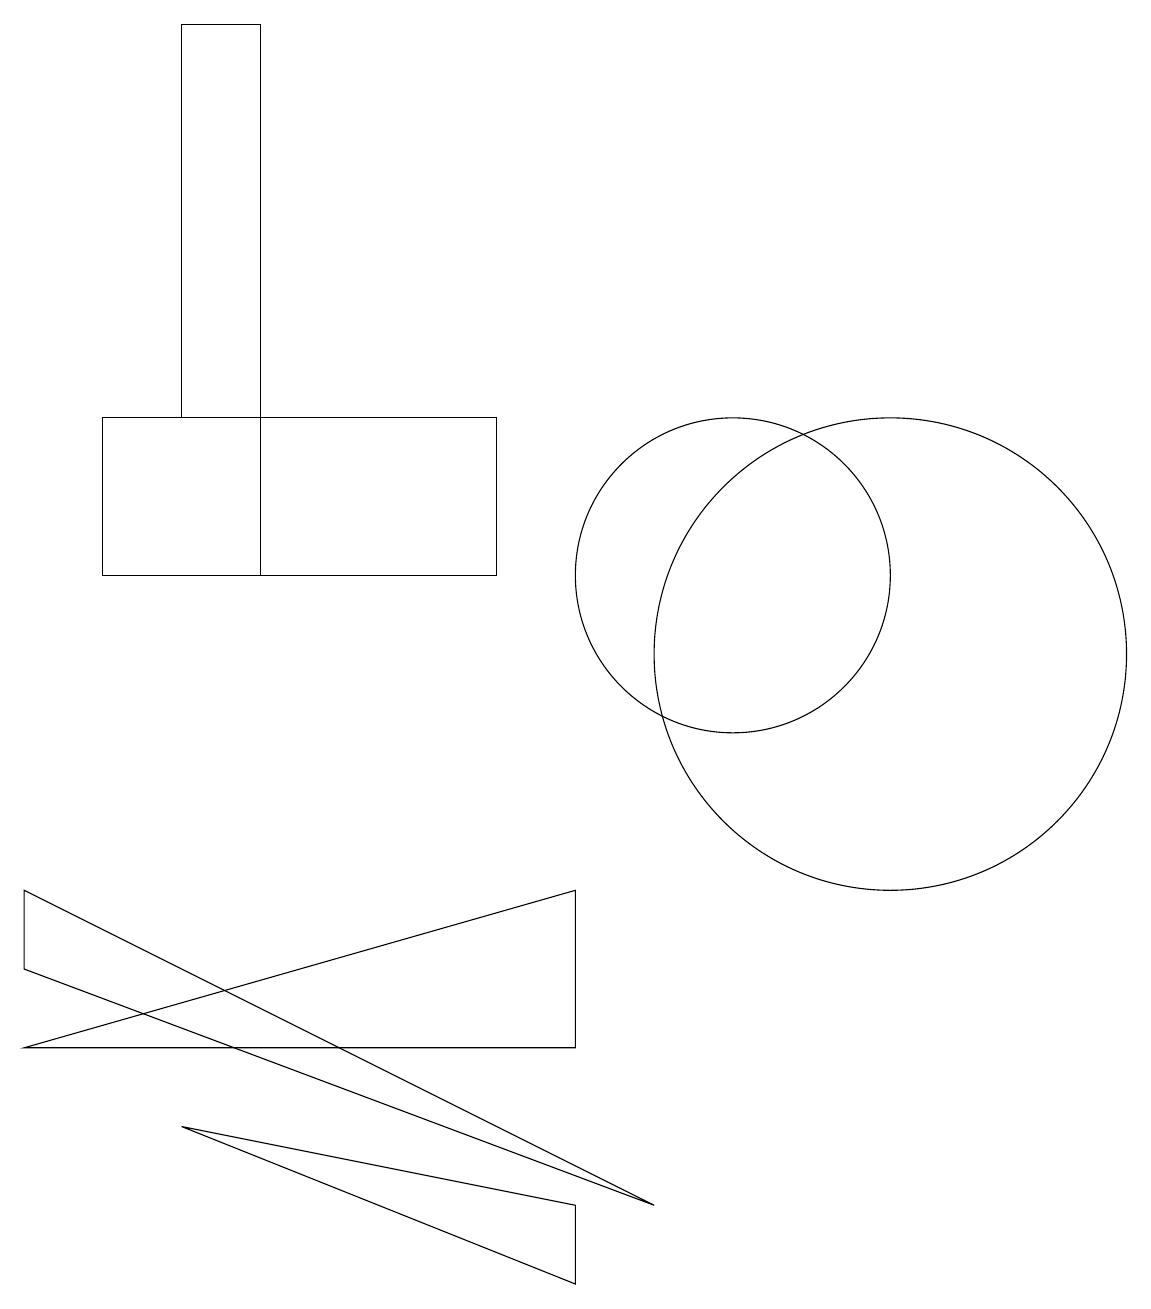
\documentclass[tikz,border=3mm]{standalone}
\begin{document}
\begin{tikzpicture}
\draw (7,11) rectangle (4,13);
\draw (1,6) -- (1,7) -- (9,3) -- cycle;
\draw (3,13) rectangle (4,18);
\draw (12,10) circle (3);
\draw (3,4) -- (8,3) -- (8,2) -- cycle;
\draw (10,11) circle (2);
\draw (2,13) rectangle (4,11);
\draw (1,5) -- (8,5) -- (8,7) -- cycle;
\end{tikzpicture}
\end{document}